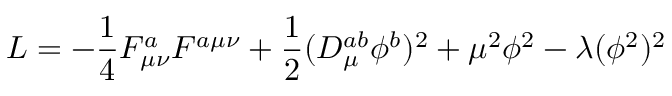
{ \cal L } = - \frac { 1 } { 4 } F _ { \mu \nu } ^ { a } F ^ { a \mu \nu } + \frac { 1 } { 2 } ( { \cal D } _ { \mu } ^ { a b } \phi ^ { b } ) ^ { 2 } + \mu ^ { 2 } \phi ^ { 2 } - \lambda ( \phi ^ { 2 } ) ^ { 2 }